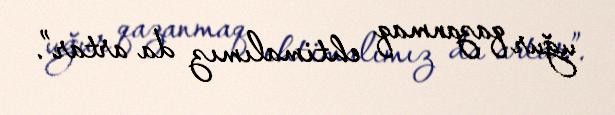
uğur qazanmaq ehtimalımız da artar”.